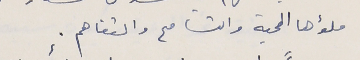
ملؤها المحبة والتسامع والتفاهم.